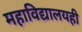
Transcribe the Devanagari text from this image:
महाविद्यालयही